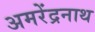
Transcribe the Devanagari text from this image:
अमरेंद्रनाथ